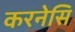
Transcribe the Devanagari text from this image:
करनेसि